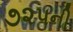
૭૨૫ની